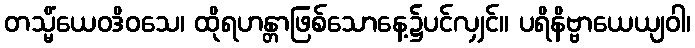
တသ္မိံယေဝဒိဝသေ၊ ထိုရဟန္တာဖြစ်သောနေ့၌ပင်လျှင်။ ပရိနိဗ္ဗာယေယျဝါ၊